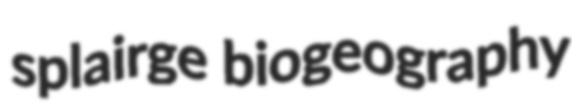
splairge biogeography